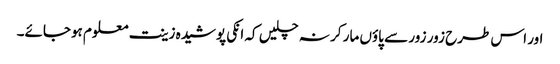
اور اس طرح زور زور سے پاؤں مار کر نہ چلیں کہ انکی پوشیدہ زینت معلوم ہوجائے۔